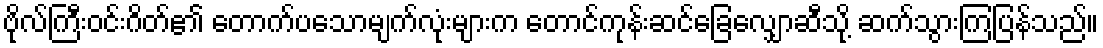
ဗိုလ်ကြီးဝင်းဂိတ်၏ တောက်ပသောမျက်လုံးများက တောင်ကုန်းဆင်ခြေလျှောဆီသို့ ဆက်သွားကြပြန်သည်။